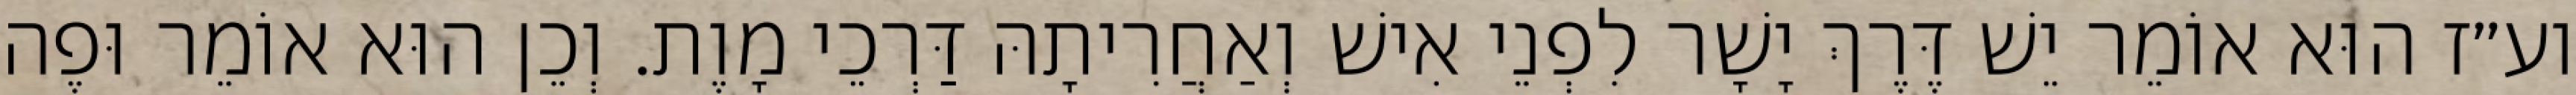
וע״ז הוּא אוֹמֵר יֵשׁ דֶּרֶךְ יָשָׁר לִפְנֵי אִישׁ וְאַחֲרִיתָהּ דַּרְכֵי מָוֶת. וְכֵן הוּא אוֹמֵר וּפֶה